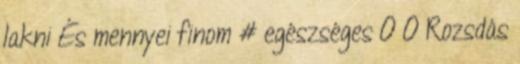
lakni És mennyei finom # egészséges 0 0 Rozsdás